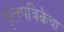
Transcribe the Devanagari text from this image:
वृत्तपत्रिकेचा